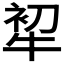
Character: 𤙟